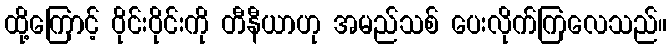
ထို့ကြောင့် ဝိုင်းဝိုင်းကို တီနီယာဟု အမည်သစ် ပေးလိုက်ကြလေသည်။